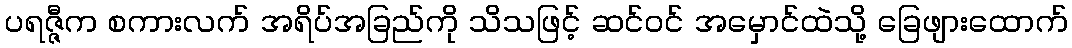
ပရဇ္ဇီက စကားလက် အရိပ်အခြည်ကို သိသဖြင့် ဆင်ဝင် အမှောင်ထဲသို့ ခြေဖျားထောက်